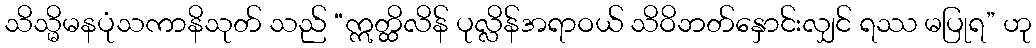
သိသ္မိမနပုံသကာနိသုတ် သည် “ဣတ္ထိလိန် ပုလ္လိန်အရာဝယ် သိဝိဘတ်နှောင်းလျှင် ရဿ မပြုရ” ဟု